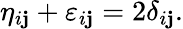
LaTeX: \eta_{i\mathbf{j}}+\varepsilon_{i\mathbf{j}}=2\delta_{i\mathbf{j}}.